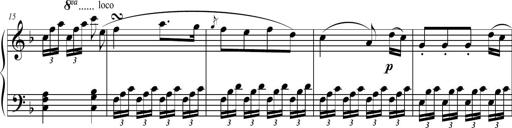
Title: 2 Sonatines faciles et brillantes pour le piano-forte seul
Composer: Carl Czerny